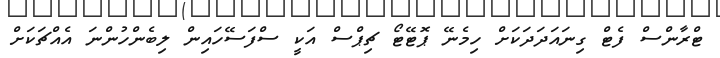
ޓްރާންސް ފެޓް ގިނައަދަދަކަށް ހިމެނޭ ޕޮޓޭޓޯ ޗިޕްސް އަކީ ސްފަސޭހައިން ލިބެންހުންނަ އެއްޗަކަށް